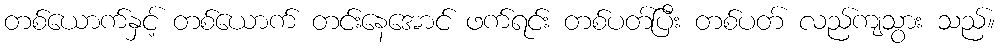
တစ်ယောက်နှင့် တစ်ယောက် တင်းနေအောင် ဖက်ရင်း တစ်ပတ်ပြီး တစ်ပတ် လည်ကျသွား သည်။